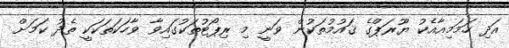
އަދި ހަމަމިއާއެކު ޔޫރަޕްގެ ޤައުމުތަކުން ވަނީ މި ރިޕޯޓުތަކުގައިވާ ވާހަކަތަކަކީ ތެދު ކަމަށް